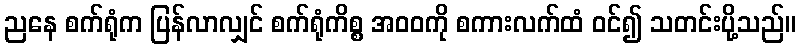
ညနေ စက်ရုံက ပြန်လာလျှင် စက်ရုံကိစ္စ အဝဝကို စကားလက်ထံ ဝင်၍ သတင်းပို့သည်။